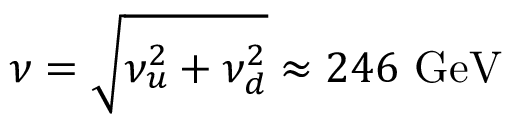
\nu = \sqrt { \nu _ { u } ^ { 2 } + \nu _ { d } ^ { 2 } } \approx 2 4 6 \ \mathrm { G e V }